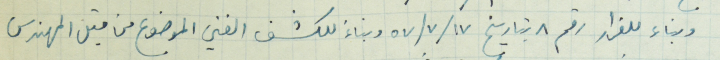
وبناء للقرار رقم ٨ بتاريخ ١٧ /٧ /٥٧ وبناءَ للكشف الفني الموضوع من قبل المهندس